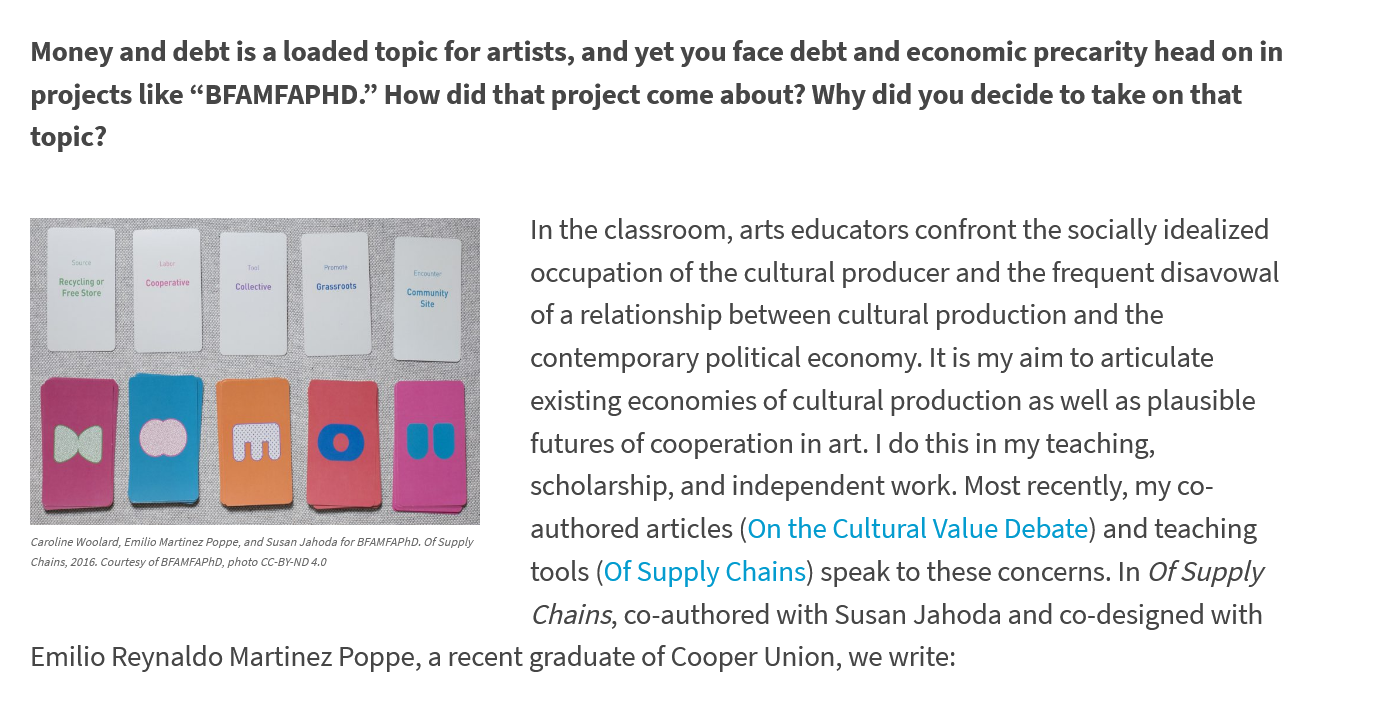
Money and debt is a loaded topic for artists, and yet you face debt and economic precarity head on in
   projects like “BFAMFAPHD.” How did that project come about? Why did you decide to take on that
  topic?
   a    Sol   eet
   Caroline Woolard, Emilio Martinez Poppe, and Susan Jahoda for BFAMFAPhD. Of Supply
   Chains, 2016. Courtesy of BFAMFAPhD, photo CC-B¥-ND 4.0
     In the classroom, arts educators confront the socially idealized
     occupation of the cultural producer and the frequent disavowal
     of a relationship between cultural production and the
     contemporary political economy. It is my aim to articulate
     existing economies of cultural production as well as plausible
     futures of cooperation in art. | do this in my teaching,
     scholarship, and independent work. Most recently, my co-
     authored articles (On the Cultural Value Debate) and teaching
     tools (Of Supply Chains) speak to these concerns. In Of Supply
     Chains, co-authored with Susan Jahoda and co-designed with
   Emilio Reynaldo Martinez Poppe, a recent graduate of Cooper Union, we write: